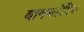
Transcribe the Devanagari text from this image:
वागर्थाविव